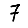
Digit: 7